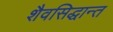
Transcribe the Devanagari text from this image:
शैवसिद्धान्त